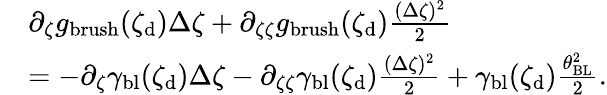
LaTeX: \begin{array}{rl}&{\partial_{\zeta}g_{\mathrm{brush}}(\zeta_{\mathrm{d}})\Delta\zeta+\partial_{\zeta\zeta}g_{\mathrm{brush}}(\zeta_{\mathrm{d}})\frac{(\Delta\zeta)^{2}}{2}}\\ &{=-\partial_{\zeta}\gamma_{\mathrm{bl}}(\zeta_{\mathrm{d}})\Delta\zeta-\partial_{\zeta\zeta}\gamma_{\mathrm{bl}}(\zeta_{\mathrm{d}})\frac{(\Delta\zeta)^{2}}{2}+\gamma_{\mathrm{bl}}(\zeta_{\mathrm{d}})\frac{\theta_{\mathrm{BL}}^{2}}{2}.}\end{array}